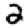
Digit: 2